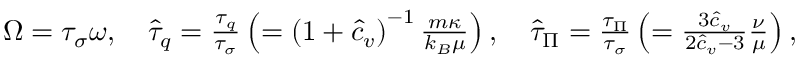
\begin{array} { r l } & { \Omega = \tau _ { \sigma } \omega , \ \ \ \hat { \tau } _ { q } = \frac { \tau _ { q } } { \tau _ { \sigma } } \left( = \left( 1 + { \hat { c } _ { v } } \right) ^ { - 1 } \frac { m \kappa } { k _ { B } \mu } \right) , \ \ \ \hat { \tau } _ { \Pi } = \frac { \tau _ { \Pi } } { \tau _ { \sigma } } \left( = \frac { 3 \hat { c } _ { v } } { 2 \hat { c } _ { v } - 3 } \frac { \nu } { \mu } \right) , } \end{array}